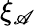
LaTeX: \xi_{\mathscr{A}}